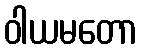
ဝါယမတော